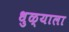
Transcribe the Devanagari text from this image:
धुळ्याला